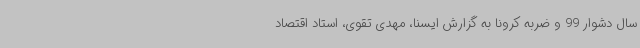
سال دشوار 99 و ضربه کرونا به گزارش ایسنا، مهدی تقوی، استاد اقتصاد